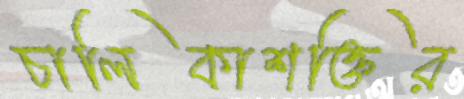
চালিকাশক্তির